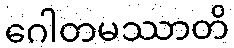
ဂေါတမဿာတိ